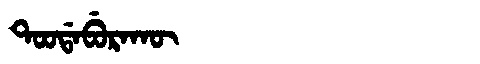
Manchu: ᡨᠣᠣᡩᠠᠪᡠᡵᠠᡴᡡ
Romanization: TOODABURAKŪ